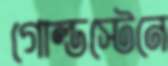
গোল্ডস্টেনে